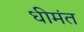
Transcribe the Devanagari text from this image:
धीमंत